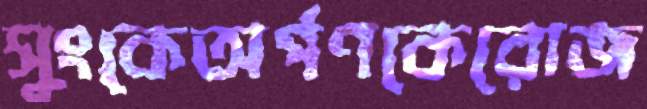
সুংকেঅর্পণকেরোজ